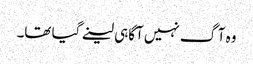
وہ آگ نہیں آگاہی لینے گیا تھا۔